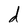
Character: d